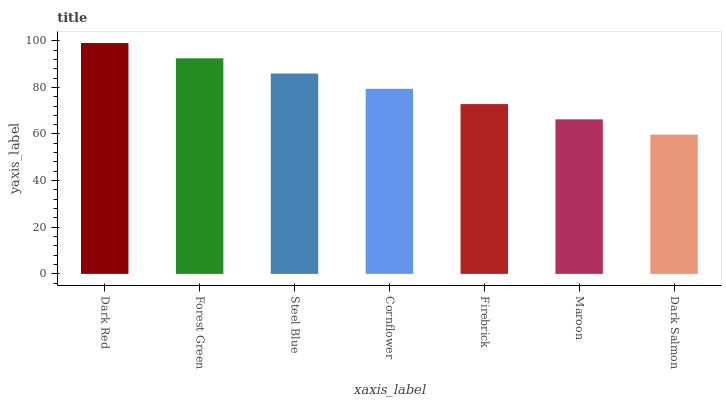
| xaxis_label | bars |
 | --- | --- |
 | Dark Red | 99 |
 | Forest Green | 92.5 |
 | Steel Blue | 85.9 |
 | Cornflower | 79.4 |
 | Firebrick | 72.8 |
 | Maroon | 66.3 |
 | Dark Salmon | 59.7 |